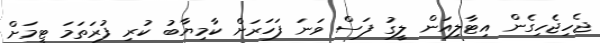
ޖެހިޖެހިގެން އިޓާލިއަން ލީގު ފަސް ވަނަ ފަހަރަށް ކާމިޔާބު ކުރި ފުރަތަމަ ޓީމަށް